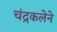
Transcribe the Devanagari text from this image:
चंद्रकलेने